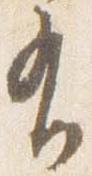
有